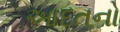
આદતનો